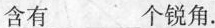
含有___个锐角。